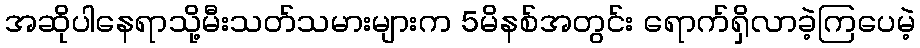
အဆိုပါနေရာသို့မီးသတ်သမားများက 5မိနစ်အတွင်း ရောက်ရှိလာခဲ့ကြပေမဲ့